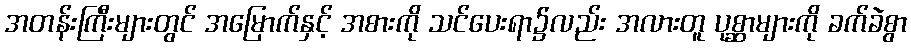
အတန်းကြီးများတွင် အမြောက်နှင့် အစားကို သင်ပေးရာ၌လည်း အလားတူ ပုစ္ဆာများကို ခက်ခဲစွာ